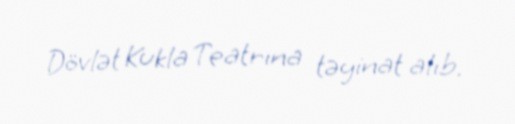
Dövlət Kukla Teatrına təyinat alıb.